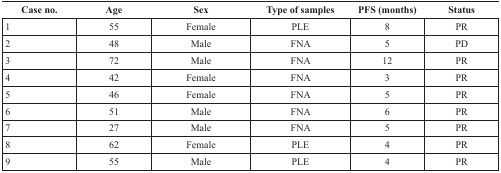
<table><thead><tr><td><b>Case no.</b></td><td><b>Age</b></td><td><b>Sex</b></td><td><b>Type of samples</b></td><td><b>PFS (months)</b></td><td><b>Status</b></td></tr></thead><tbody><tr><td>1</td><td>55</td><td>Female</td><td>PLE</td><td>8</td><td>PR</td></tr><tr><td>2</td><td>48</td><td>Male</td><td>FNA</td><td>5</td><td>PD</td></tr><tr><td>3</td><td>72</td><td>Male</td><td>FNA</td><td>12</td><td>PR</td></tr><tr><td>4</td><td>42</td><td>Female</td><td>FNA</td><td>3</td><td>PR</td></tr><tr><td>5</td><td>46</td><td>Female</td><td>FNA</td><td>5</td><td>PR</td></tr><tr><td>6</td><td>51</td><td>Male</td><td>FNA</td><td>6</td><td>PR</td></tr><tr><td>7</td><td>27</td><td>Male</td><td>FNA</td><td>5</td><td>PR</td></tr><tr><td>8</td><td>62</td><td>Female</td><td>PLE</td><td>4</td><td>PR</td></tr><tr><td>9</td><td>55</td><td>Male</td><td>PLE</td><td>4</td><td>PR</td></tr></tbody></table>